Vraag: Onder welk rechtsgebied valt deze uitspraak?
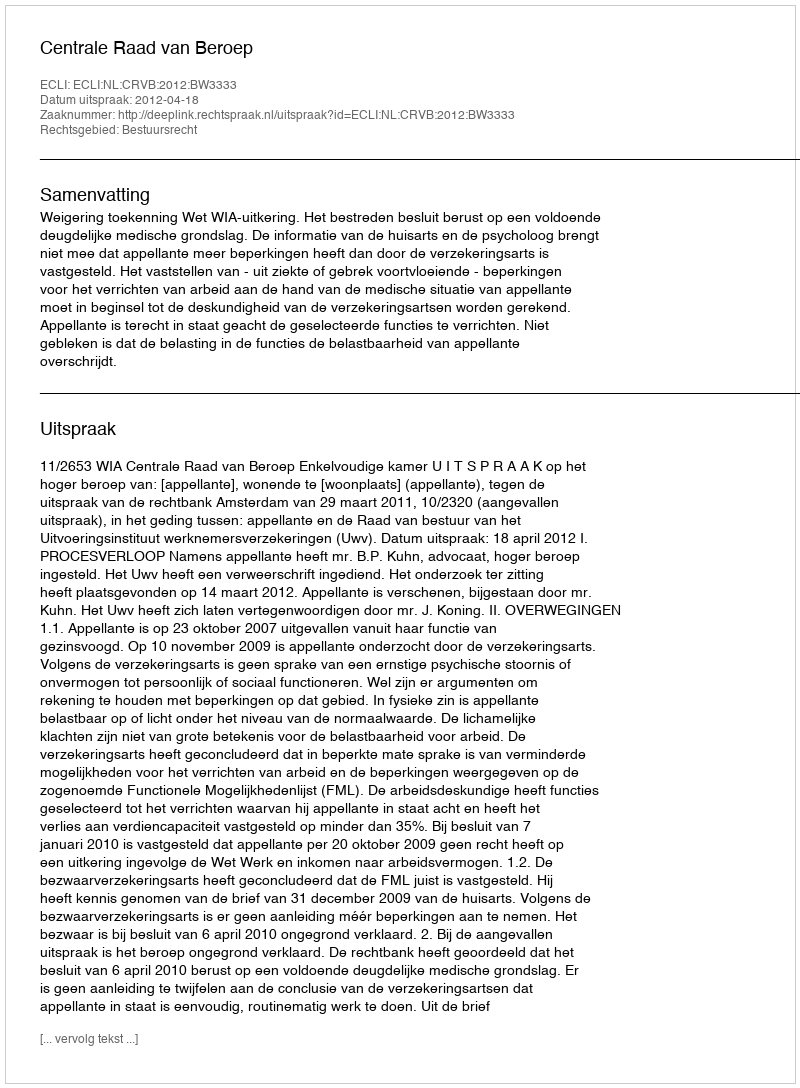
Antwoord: Bestuursrecht